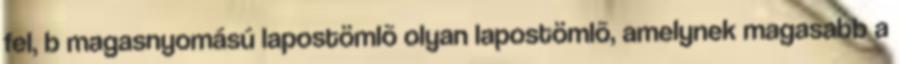
fel, b magasnyomású lapostömlõ olyan lapostömlõ, amelynek magasabb a